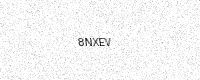
Text: 8NXEV